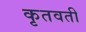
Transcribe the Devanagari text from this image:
कृतवती